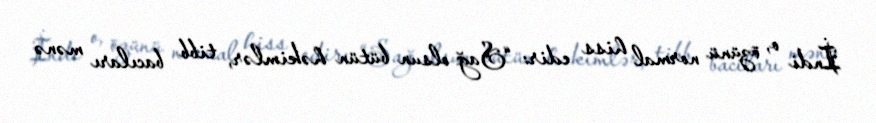
İndi o, özünü normal hiss edir: “Sağ olsun bütün həkimlər, tibb bacıları mənə